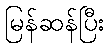
မြန်ဆန်ပြီး